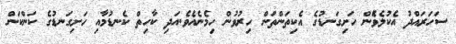
ސަހަރައްދު އެކުލެވޭެން ހަށިގަނޑުގެ އެކިތަންތަން ހިރުވުން ހިމެނެއެވެ.އަދި ކާހިތް ކެނޑުމާއި ހަށިގަނޑުގެ ކަންކަން